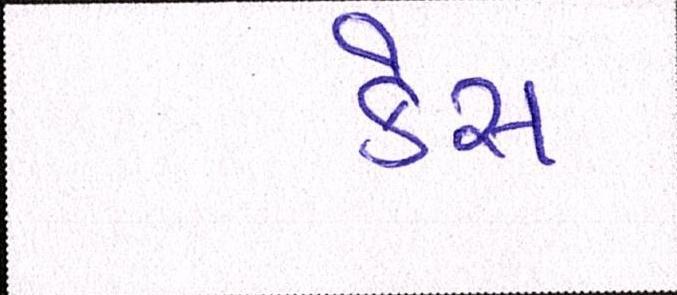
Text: કેસ